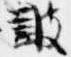
皷